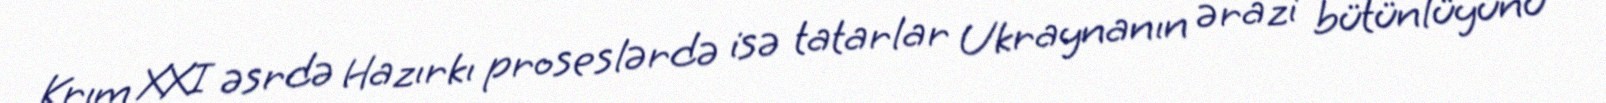
Krım XXI əsrdə Hazırkı proseslərdə isə tatarlar Ukraynanın ərazi bütünlüyünü